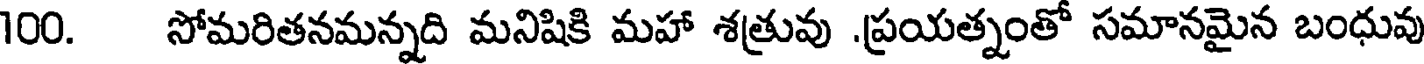
100. సోమరితనమన్నది మనిషికి మహా శత్రువు .ప్రయత్నంతో సమానమైన బంధువు